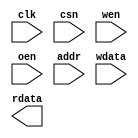
//------------------------------------------------------------------------------
//  http://github.com/gulakim/cory
//  
//------------------------------------------------------------------------------
`ifndef CORY_MODEL_SPRAM
    `define CORY_MODEL_SPRAM

//------------------------------------------------------------------------------
module cory_model_spram #(
    parameter   A       = 8,
    parameter   D       = 8,
    parameter   SIZE    = 2**A
) (
    input           clk,
    input           csn,
    input           wen,
    input           oen,
    input   [A-1:0] addr,
    input   [D-1:0] wdata,
    output  [D-1:0] rdata
);

`ifdef  SIM

localparam  I   = 0;
//------------------------------------------------------------------------------
reg    [D-1: 0] rdata_p;

reg    [D-1: 0] mem [0:SIZE-1];

integer i;
integer error   = 0;
integer warning = 0;

integer seed;
initial begin
    integer i;
    if (I==1) begin
        for (i=0; i<SIZE; i=i+1)
            mem[i]  <= i;
    end
    else if (I==2) begin
        seed    = 0;
        for (i=0; i<SIZE; i=i+1) begin
            seed    <= seed * 21 + 1;
            mem[i]  <= seed;
        end
    end
end

//------------------------------------------------------------------------------
// Write
// Include initialization process for debug only....
always @(posedge clk)// or negedge reset_n)
begin
    if(csn == 1'b0 && wen == 1'b0)
    begin
        if(addr >= SIZE) begin
            $display("ERROR:%m: Write address range overflow @ %t", $time);
            error = error + 1;
        end
        else
            mem[addr] <= wdata;
        if (&addr === 1'bx) begin
            $display("ERROR:%m: Write address unknown (%x) @ %t", addr, $time);
            error = error + 1;
        end
        if (&wdata === 1'bx) begin
            $display("ERROR:%m: Write data unknown (%x) address (%x) @ %t", wdata, addr, $time);
            error = error + 1;
        end
    end
end

//------------------------------------------------------------------------------
// Read
always @(posedge clk)
begin
    if(csn == 1'b0 && wen == 1'b1)
    begin
        if(addr >= SIZE) begin
            $display("ERROR:%m: Read address range overflow @ %t", $time);
            error = error + 1;
        end
        else
            rdata_p <= mem[addr];
    end
end

assign  rdata   = (oen == 1'b0) ? rdata_p : {D{1'bx}};

//------------------------------------------------------------------------------
always @(posedge clk) begin
    if (error > 100) begin
        $display("ERROR:%m: too many errors %d @ %t", error, $time);
        $finish;
    end
    if ((oen == 1'b0) && (&rdata_p === 1'bx)) begin
            $display("WARNING:%m: Read data unknown (%x) address (%x) @ %t", rdata_p, addr, $time);
            warning = warning + 1;
    end
end

//------------------------------------------------------------------------------
initial begin
    if (SIZE > 2**A) begin
        $display ("ERROR:%m: 2^A(%1d) < SIZE(%1d)", A, SIZE);
        $finish;
    end

    $display ("WARNING:%m: using simulation model, you must replace with physical single-port memory");

end

`endif  //  SIM
endmodule
       
`endif  // CORY_MODEL_SPRAM